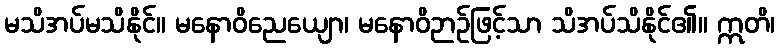
မသိအပ်မသိနိုင်။ မနောဝိညေယျော၊ မနောဝိဉာဉ်ဖြင့်သာ သိအပ်သိနိုင်၏။ ဣတိ၊